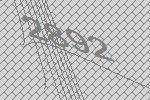
2892